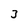
Character: 3